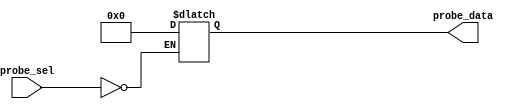
module test(output [15:0] probe_data,input[3:0] probe_sel);

   reg [15:0] probe_data;
   wire [3:0] probe_sel;

   always @*
     case(probe_sel)
       4'h0 :;
       default : probe_data = 16'b0;
     endcase // case(probe_sel)

   initial #1 $display("PASSED");

endmodule